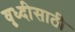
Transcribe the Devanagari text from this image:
वृध्दीसाठी